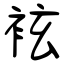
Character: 袨